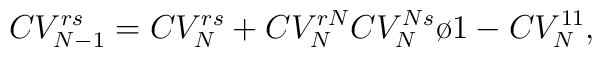
CV_{N-1}^{rs}=CV_N^{rs}+{CV^{rN}_NCV_N^{Ns}\o 1-CV_N^{11}},